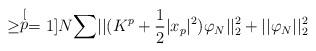
LaTeX: \begin{align*}\geq\stackrel[p=1]{N}{\sum}||(K^{p}+\frac{1}{2}|x_{p}|^{2})\varphi_{N}||_{2}^{2}+||\varphi_{N}||_{2}^{2}\end{align*}